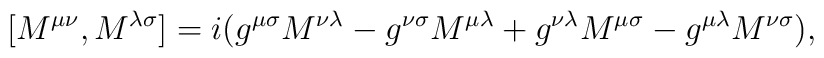
\lbrack  M^{\mu \nu } , M^{\lambda \sigma } \rbrack   =  i(g^{\mu\sigma } M^{\nu \lambda }-g^{\nu \sigma }M^{\mu \lambda }+g^{\nu\lambda } M^{\mu \sigma }-g^{\mu \lambda }M^{\nu \sigma }),